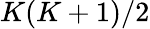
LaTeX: K(K+1)/2